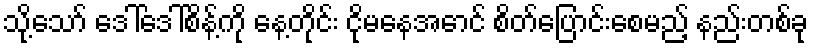
သို့သော် ဒေါ်ဒေါ်စိန့်ကို နေ့တိုင်း ငိုမနေအောင် စိတ်ပြောင်းစေမည့် နည်းတစ်ခု